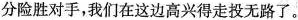
分险胜对手，我们在这边高兴得走投无路了。